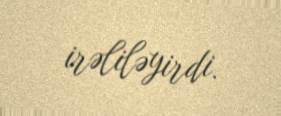
irəliləyirdi.